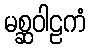
မစ္ဆဝါဠကံ